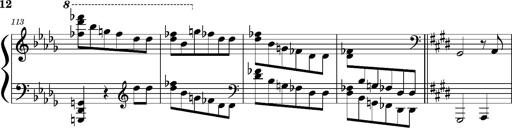
Title: Concerto sans orchestre, S.524a
Composer: Franz Liszt
Key: A major